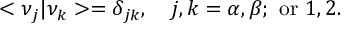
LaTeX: < \nu _ { j } | \nu _ { k } > = \delta _ { j k } , ~ ~ ~ j , k = \alpha , \beta ; ~ \mathrm { o r } ~ 1 , 2 .